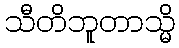
သီတိဘူတာသ္မိ